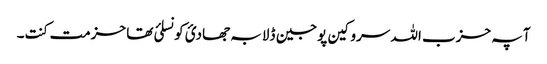
آ پہ حزب اللہ سروکین پوجین ڈلا بہ جھادئ کونسلئ تھا حزمت کنت۔